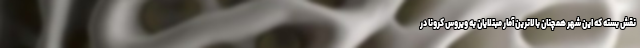
نقش بسته که این شهر همچنان بالاترین آمار مبتلایان به ویروس کرونا در